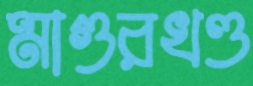
মাগুরখণ্ড